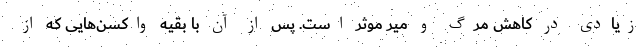
زیادی در کاهش مرگ و میر موثر است. پس از آن با بقیه واکسن‌هایی که از